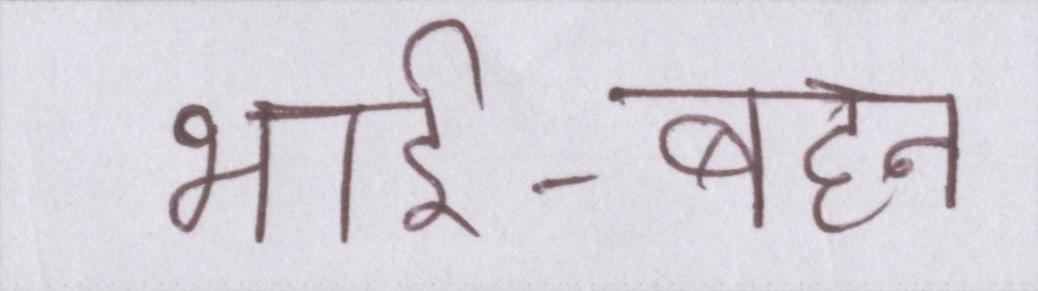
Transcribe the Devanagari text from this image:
भाई-बहन